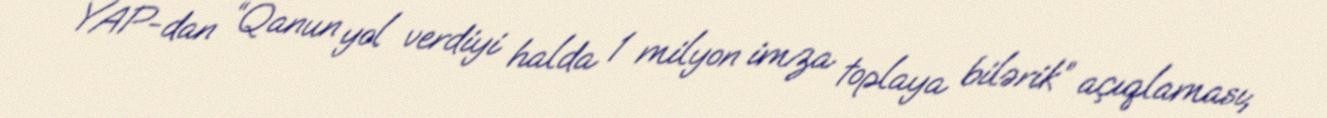
YAP-dan “Qanun yol verdiyi halda 1 milyon imza toplaya bilərik” açıqlaması;